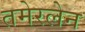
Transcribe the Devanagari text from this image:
तमेरलेन